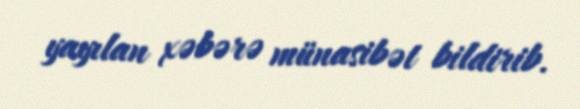
yayılan xəbərə münasibət bildirib.